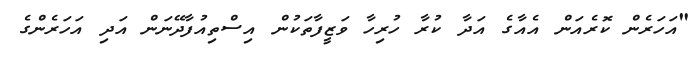
"އަހަރެން ކޮރެއަން އެއާގެ އަދާ ކުރާ ހުރިހާ ވަޒީފާތަކުން އިސްތިއުފާދޭނަން އަދި އަހަރެންގެ